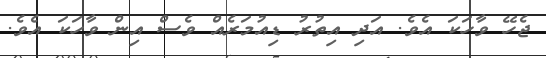
ޖެހޭ ވާހަކަ އެވެ. އަދި އިތުރު ޑިއުމަރެއް ވެސް އިން ވާހަކަ އެވެ.